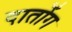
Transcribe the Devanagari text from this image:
दातोंग